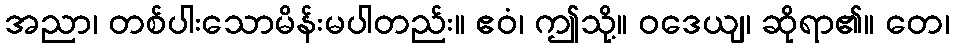
အညာ၊ တစ်ပါးသောမိန်းမပါတည်း။ ဧဝံ၊ ဤသို့။ ဝဒေယျ၊ ဆိုရာ၏။ တေ၊